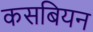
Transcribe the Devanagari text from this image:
कसबियन